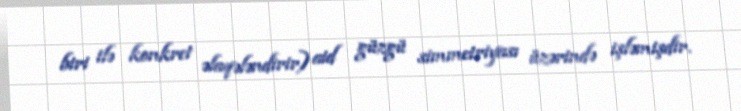
biri ilə konkret əlaqələndirir) aid güzgü simmetriyası üzərində işləmişdir.